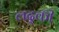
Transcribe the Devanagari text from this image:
लद्की